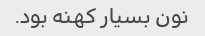
نون بسیار کهنه بود.